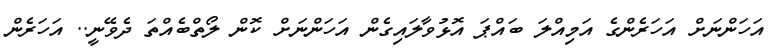
އަހަންނަށް އަހަރެންގެ އަމިއްލަ ބައްޕަ އޮޅުވާލައިގެން އަހަންނަށް ކޮން ލޯތްބެއްތަ ދެވޭނީ.. އަހަރެން